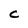
Character: C